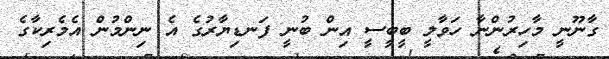
ގާނޫނީ މާހިރުންނާ ހަވާލީ ބީބީސީ އިން ބުނީ ފަނޑިޔާރުގެ އެ ނިންމުން އެމެރިކާގެ